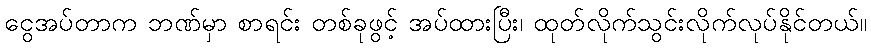
ငွေအပ်တာက ဘဏ်မှာ စာရင်း တစ်ခုဖွင့် အပ်ထားပြီး၊ ထုတ်လိုက်သွင်းလိုက်လုပ်နိုင်တယ်။